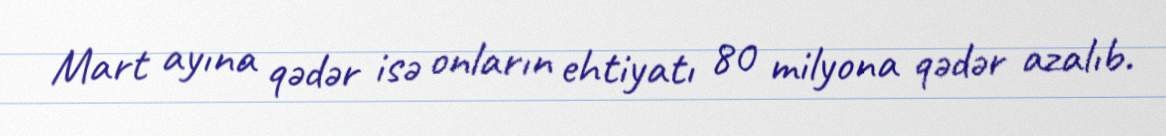
Mart ayına qədər isə onların ehtiyatı 80 milyona qədər azalıb.